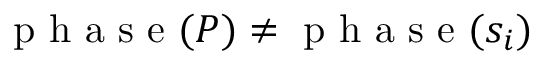
\mathrm { ~ p ~ h ~ a ~ s ~ e ~ } ( P ) \neq \mathrm { ~ p ~ h ~ a ~ s ~ e ~ } ( s _ { i } )